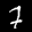
Label: 7